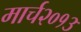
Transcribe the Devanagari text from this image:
मार्च२०१३